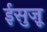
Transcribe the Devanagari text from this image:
ईसुज़ू